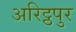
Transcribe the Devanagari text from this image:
अरिट्ठपुर